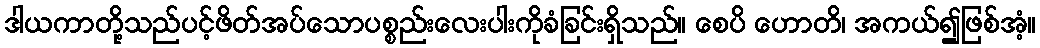
ဒါယကာတို့သည်ပင့်ဖိတ်အပ်သောပစ္စည်းလေးပါးကိုခံခြင်းရှိသည်။ စေပိ ဟောတိ၊ အကယ်၍ဖြစ်အံ့။